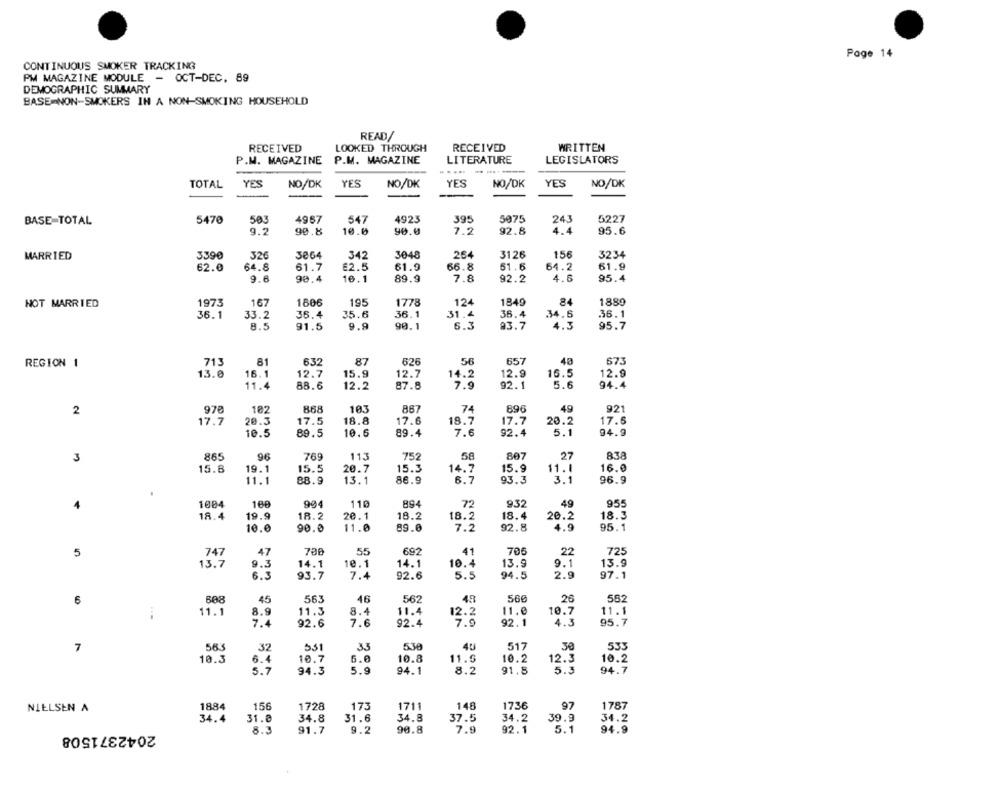
Page 14
CONTINUOUS SMOKER TRACKING
PM MAGAZINE MODULE - OCT-DEC. 89
DEMOGRAPHIC SUMMARY
BASE NON-SMOKERS IN A NON-SMOKING HOUSEHOLD
READ/
RECEIVED
LOOKED THROUGH
RECEIVED
WRITTEN
P.M. MAGAZINE
P.M. MAGAZINE
LITERATURE
LEGISLATORS
...
YES
YES
TOTAL
YES
NO/DK
NO/DK
NO/DK
YES
NO/DK
BASE-TOTAL
5470
503
4967
547
4923
395
5075
243
5227
7.2
9.2
90.8
10.0
90.0
92.8
4.4
95.6
32€
3048
156
3234
MARRIED
3390
3064
342
264
3126
62.0
64.8
61.7
£2.5
61.9
66.8
51.6
64.2
61.9
9.6
16.1
7.8
4.6
95.4
90,4
89.9
92.2
1973
167
1806
195
124
84
1889
NOT MARRIED
1778
1849
36.1
33.2
36.4
35.6
36.1
31.4
36.4
34.6
36.1
6.3
8.5
91.5
9.9
90.1
93.7
4.3
95.7
REGION 1
713
81
632
87
626
56
657
48
673
13.0
12.7
12.7
12.9
12.9
16.1
15.9
14.2
16.5
11.4
88.6
12.2
87.8
7.9
92.1
5.6
94.4
2
978
102
868
103
867
74
896
49
921
18.7
17.7
17.7
20.3
17.5
18.8
17.6
20.2
17.6
10.5
89.5
10.6
89.4
7.6
92.4
5.1
94.9
3
865
96
769
11.3
752
58
807
27
838
15.8
19.1
15.3
16.0
15.
20.7
14.7
15.9
11.
11.1
88.9
13.1
86.9
6.7
93.3
3.1
96.9
-
1004
160
994
110
894
72
9.32
49
955
18.4
18.3
19.9
18.2
20.1
18.2
18.2
18.4
20.2
10.0
90.0
11.0
89.0
7.2
92.8
4.9
95.1
5
747
47
700
55
692
41
706
22
725
13.7
9.3
14.1
10.1
14.1
10.4
13.9
9.1
13.9
6.3
93.7
7.4
92.6
5.5
94.5
2.9
97.1
6
608
45
563
46
562
49
560
26
562
11.1
8.9
11.3
8.4
11.4
11.0
10.7
11.1
7.4
92.6
7.6
92.4
92.1
4.3
95.7
7
565
32
SS1
33
5.38
40
517
30
533
6.4
6.0
10.8
10.2
10.3
10.7
11.5
12.3
10.2
5.7
94.3
5.9
94.1
8.2
91.8
94.7
1884
156
1736
97
1787
NIELSEN A
1728
173
1711
148
34.4
31.8
34.8
31.6
34.8
37.5
34.2
39.9
34.2
2042371508
90.8
7.9
92.1
5.1
94.9
8.3
91.7
9.2